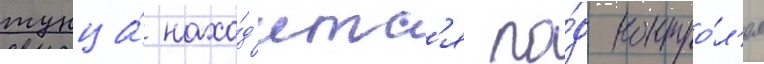
тунца́ нахо́д'итс'я по́д контро́л'ем